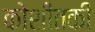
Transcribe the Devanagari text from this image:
कोशीतकी